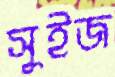
সুইজ